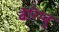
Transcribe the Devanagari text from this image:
बेरिम्बु